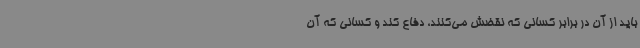
باید از آن در برابر کسانی که نقضش می‌کنند، دفاع کند و کسانی که آن